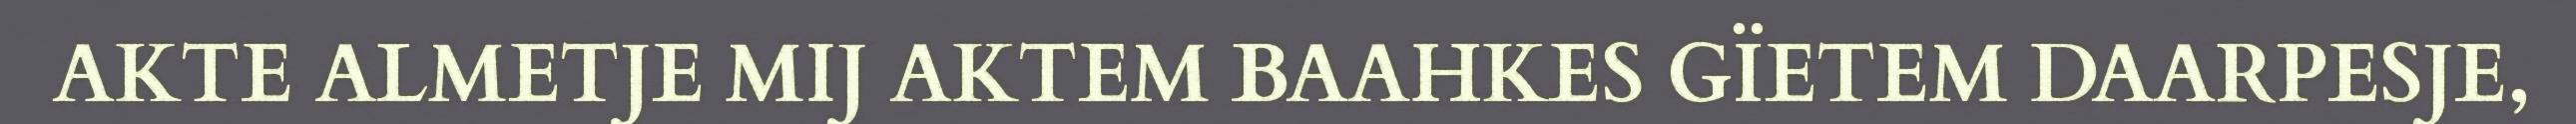
AKTE ALMETJE MIJ AKTEM BAAHKES GÏETEM DAARPESJE,